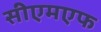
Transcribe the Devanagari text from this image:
सीएमएफ